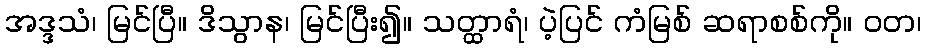
အဒ္ဒသံ၊ မြင်ပြီ။ ဒိသွာန၊ မြင်ပြီး၍။ သတ္ထာရံ၊ ပဲ့ပြင် ကံမြစ် ဆရာစစ်ကို။ ဝတ၊